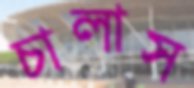
চালাস